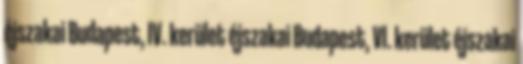
éjszakai Budapest, IV. kerület éjszakai Budapest, VI. kerület éjszakai